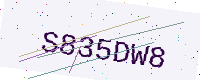
Text: S835DW8